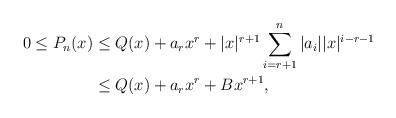
LaTeX: \begin{align*}0\le P_n(x) & \le Q(x) + a_r x^r + |x|^{r+1} \sum_{i=r+1}^n |a_i| |x|^{i-r-1} \\& \le Q(x) + a_r x^r + B x^{r+1} ,\end{align*}